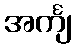
အင်္ကျ